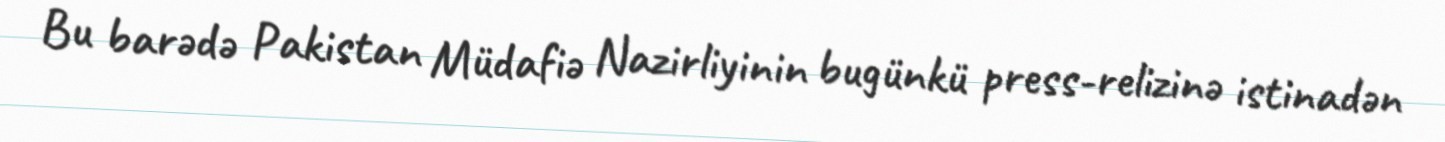
Bu barədə Pakistan Müdafiə Nazirliyinin bugünkü press-relizinə istinadən